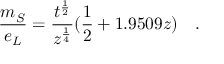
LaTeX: \frac { m _ { S } } { e _ { L } } = \frac { t ^ { \frac { 1 } { 2 } } } { z ^ { \frac { 1 } { 4 } } } ( \frac { 1 } { 2 } + 1 . 9 5 0 9 z ) \quad .